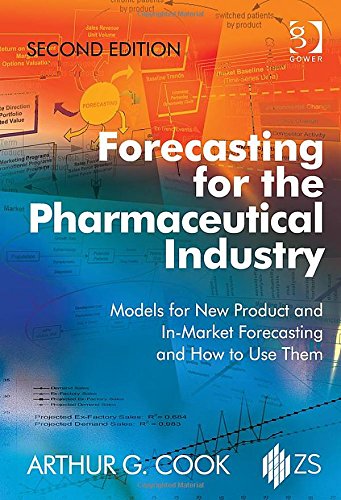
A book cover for Forecasting for the Pharmaceutical Industry: Models for New Product and In-Market Forecasting and How to Use Them; Arthur G. Cook; Business & Money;